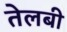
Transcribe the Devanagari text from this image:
तेलबी